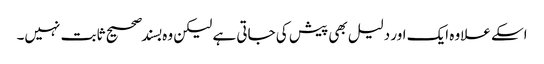
اسکے علاوہ ایک اور دلیل بھی پیش کی جاتی ہے لیکن وہ بسند صحیح ثابت نہیں۔